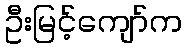
ဦးမြင့်ကျော်က